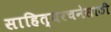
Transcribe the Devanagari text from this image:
साहित्यरचनेसाठी